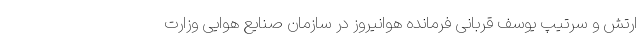
ارتش و سرتیپ یوسف قربانی فرمانده هوانیروز در سازمان صنایع هوایی وزارت